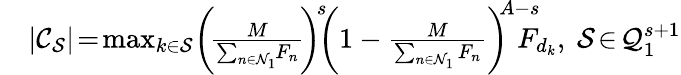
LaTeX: \begin{array}{rl}&{|{\cal C}_{\cal S}|\! =\! \operatorname*{max}_{k\in{\cal S}}\! \bigg(\! \frac{M}{\sum_{n\in{\cal N}_{1}}\! F_{n}}\! \bigg)^{\! s}\! \! \bigg(1-\frac{M}{\sum_{n\in{\cal N}_{1}}F_{n}}\bigg)^{\! \! A-s}\! \! \! \! \! F_{d_{k}},\ {\cal S}\! \in\! {\cal Q}_{1}^{s+1}}\end{array}